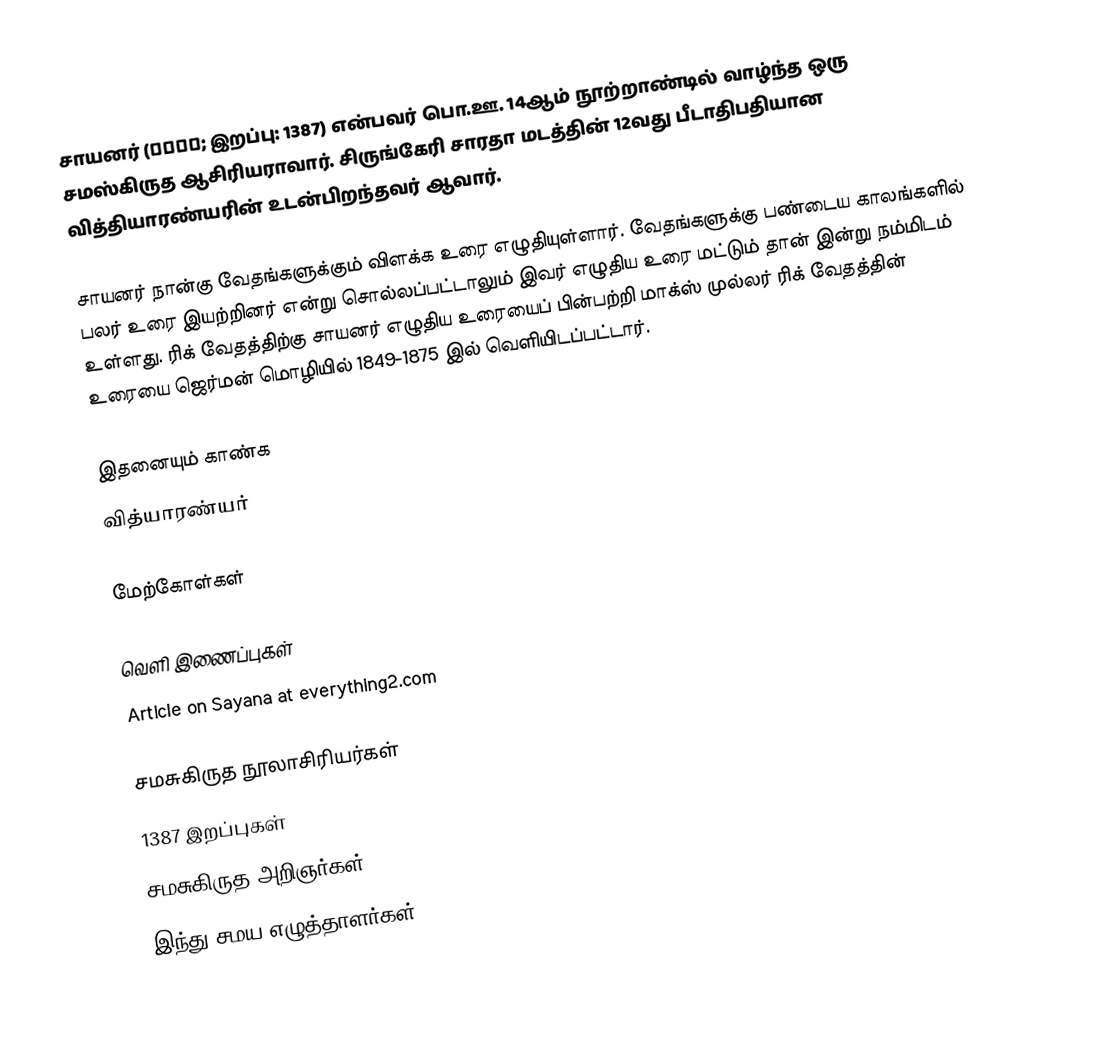
சாயனர் (सायण; இறப்பு: 1387) என்பவர் பொ.ஊ. 14ஆம் நூற்றாண்டில் வாழ்ந்த ஒரு சமஸ்கிருத ஆசிரியராவார். சிருங்கேரி சாரதா மடத்தின் 12வது பீடாதிபதியான வித்தியாரண்யரின் உடன்பிறந்தவர் ஆவார்.

சாயனர் நான்கு  வேதங்களுக்கும் விளக்க உரை எழுதியுள்ளார். வேதங்களுக்கு பண்டைய காலங்களில் பலர் உரை இயற்றினர் என்று சொல்லப்பட்டாலும் இவர் எழுதிய உரை மட்டும் தான் இன்று நம்மிடம் உள்ளது. ரிக் வேதத்திற்கு சாயனர் எழுதிய உரையைப் பின்பற்றி மாக்ஸ் முல்லர் ரிக் வேதத்தின் உரையை ஜெர்மன் மொழியில் 1849-1875 இல் வெளியிடப்பட்டார்.

இதனையும் காண்க
 வித்யாரண்யர்

மேற்கோள்கள்

வெளி இணைப்புகள்
Article on Sayana at everything2.com

சமசுகிருத நூலாசிரியர்கள்
1387 இறப்புகள்
சமசுகிருத அறிஞர்கள்
இந்து சமய எழுத்தாளர்கள்